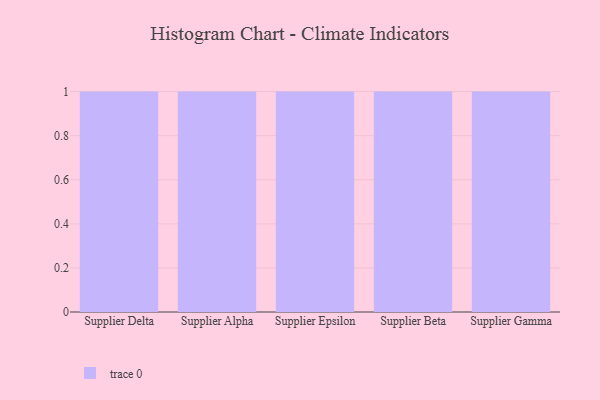
{"axis": {"x": "Supplier", "y": "Headcount"}, "legend": [""], "data": [{"x": "Supplier Delta", "y": 9, "type": ""}, {"x": "Supplier Alpha", "y": 56, "type": ""}, {"x": "Supplier Epsilon", "y": 95, "type": ""}, {"x": "Supplier Beta", "y": 45, "type": ""}, {"x": "Supplier Gamma", "y": 1, "type": ""}]}